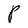
Character: P